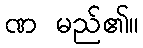
ဏ မည်၏။